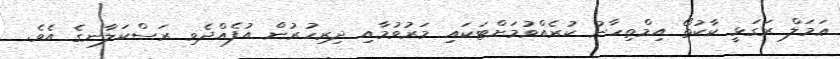
ޢަމަލް ރަގަޅީ ކާކުތޯ އިމްތިހާނު ކުރެއްވުމަށްޓަކައި މަރުވުމާއި ދިރިހުރުން އުފެއްދެވި ރަސްކަލާނގެ އެވެ.